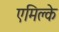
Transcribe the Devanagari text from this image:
एमिक्ले